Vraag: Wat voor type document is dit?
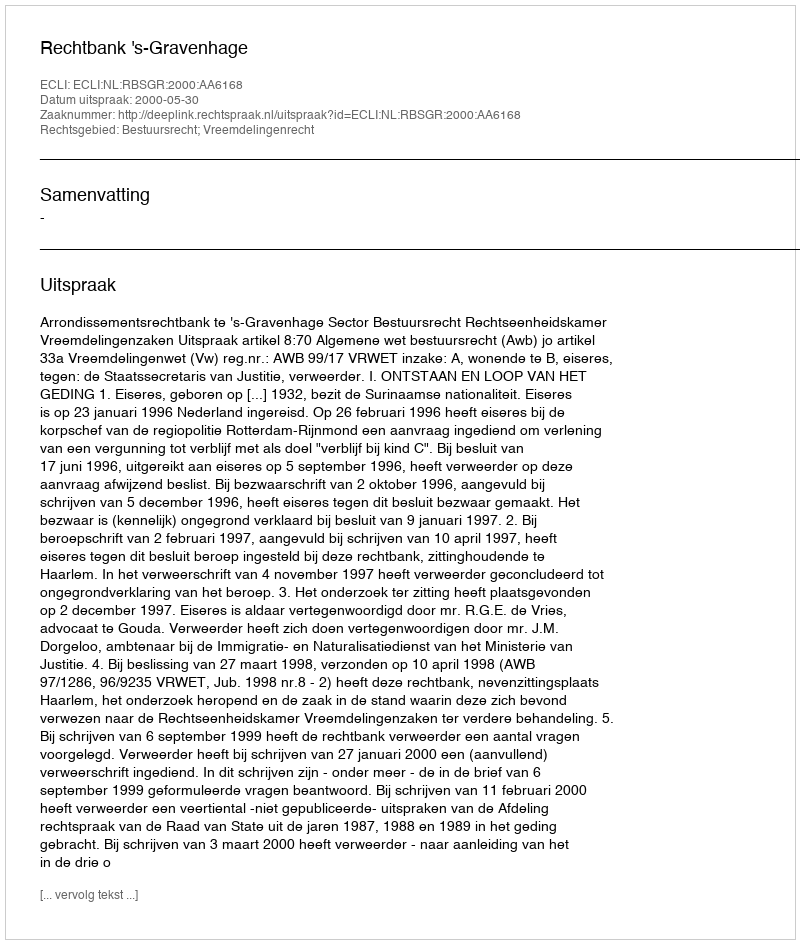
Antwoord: Uitspraak